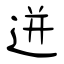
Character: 迸